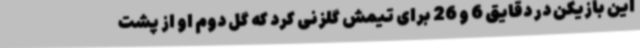
این بازیکن در دقایق 6 و 26 برای تیمش گلزنی کرد که گل دوم او از پشت